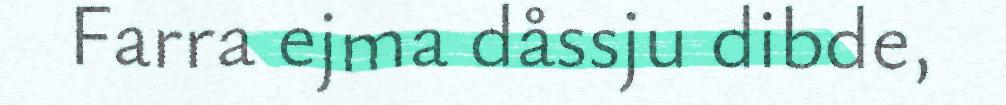
Farra ejma dåssju dibde,